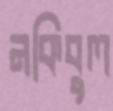
নকিবুল